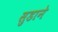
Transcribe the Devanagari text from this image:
सुडाने